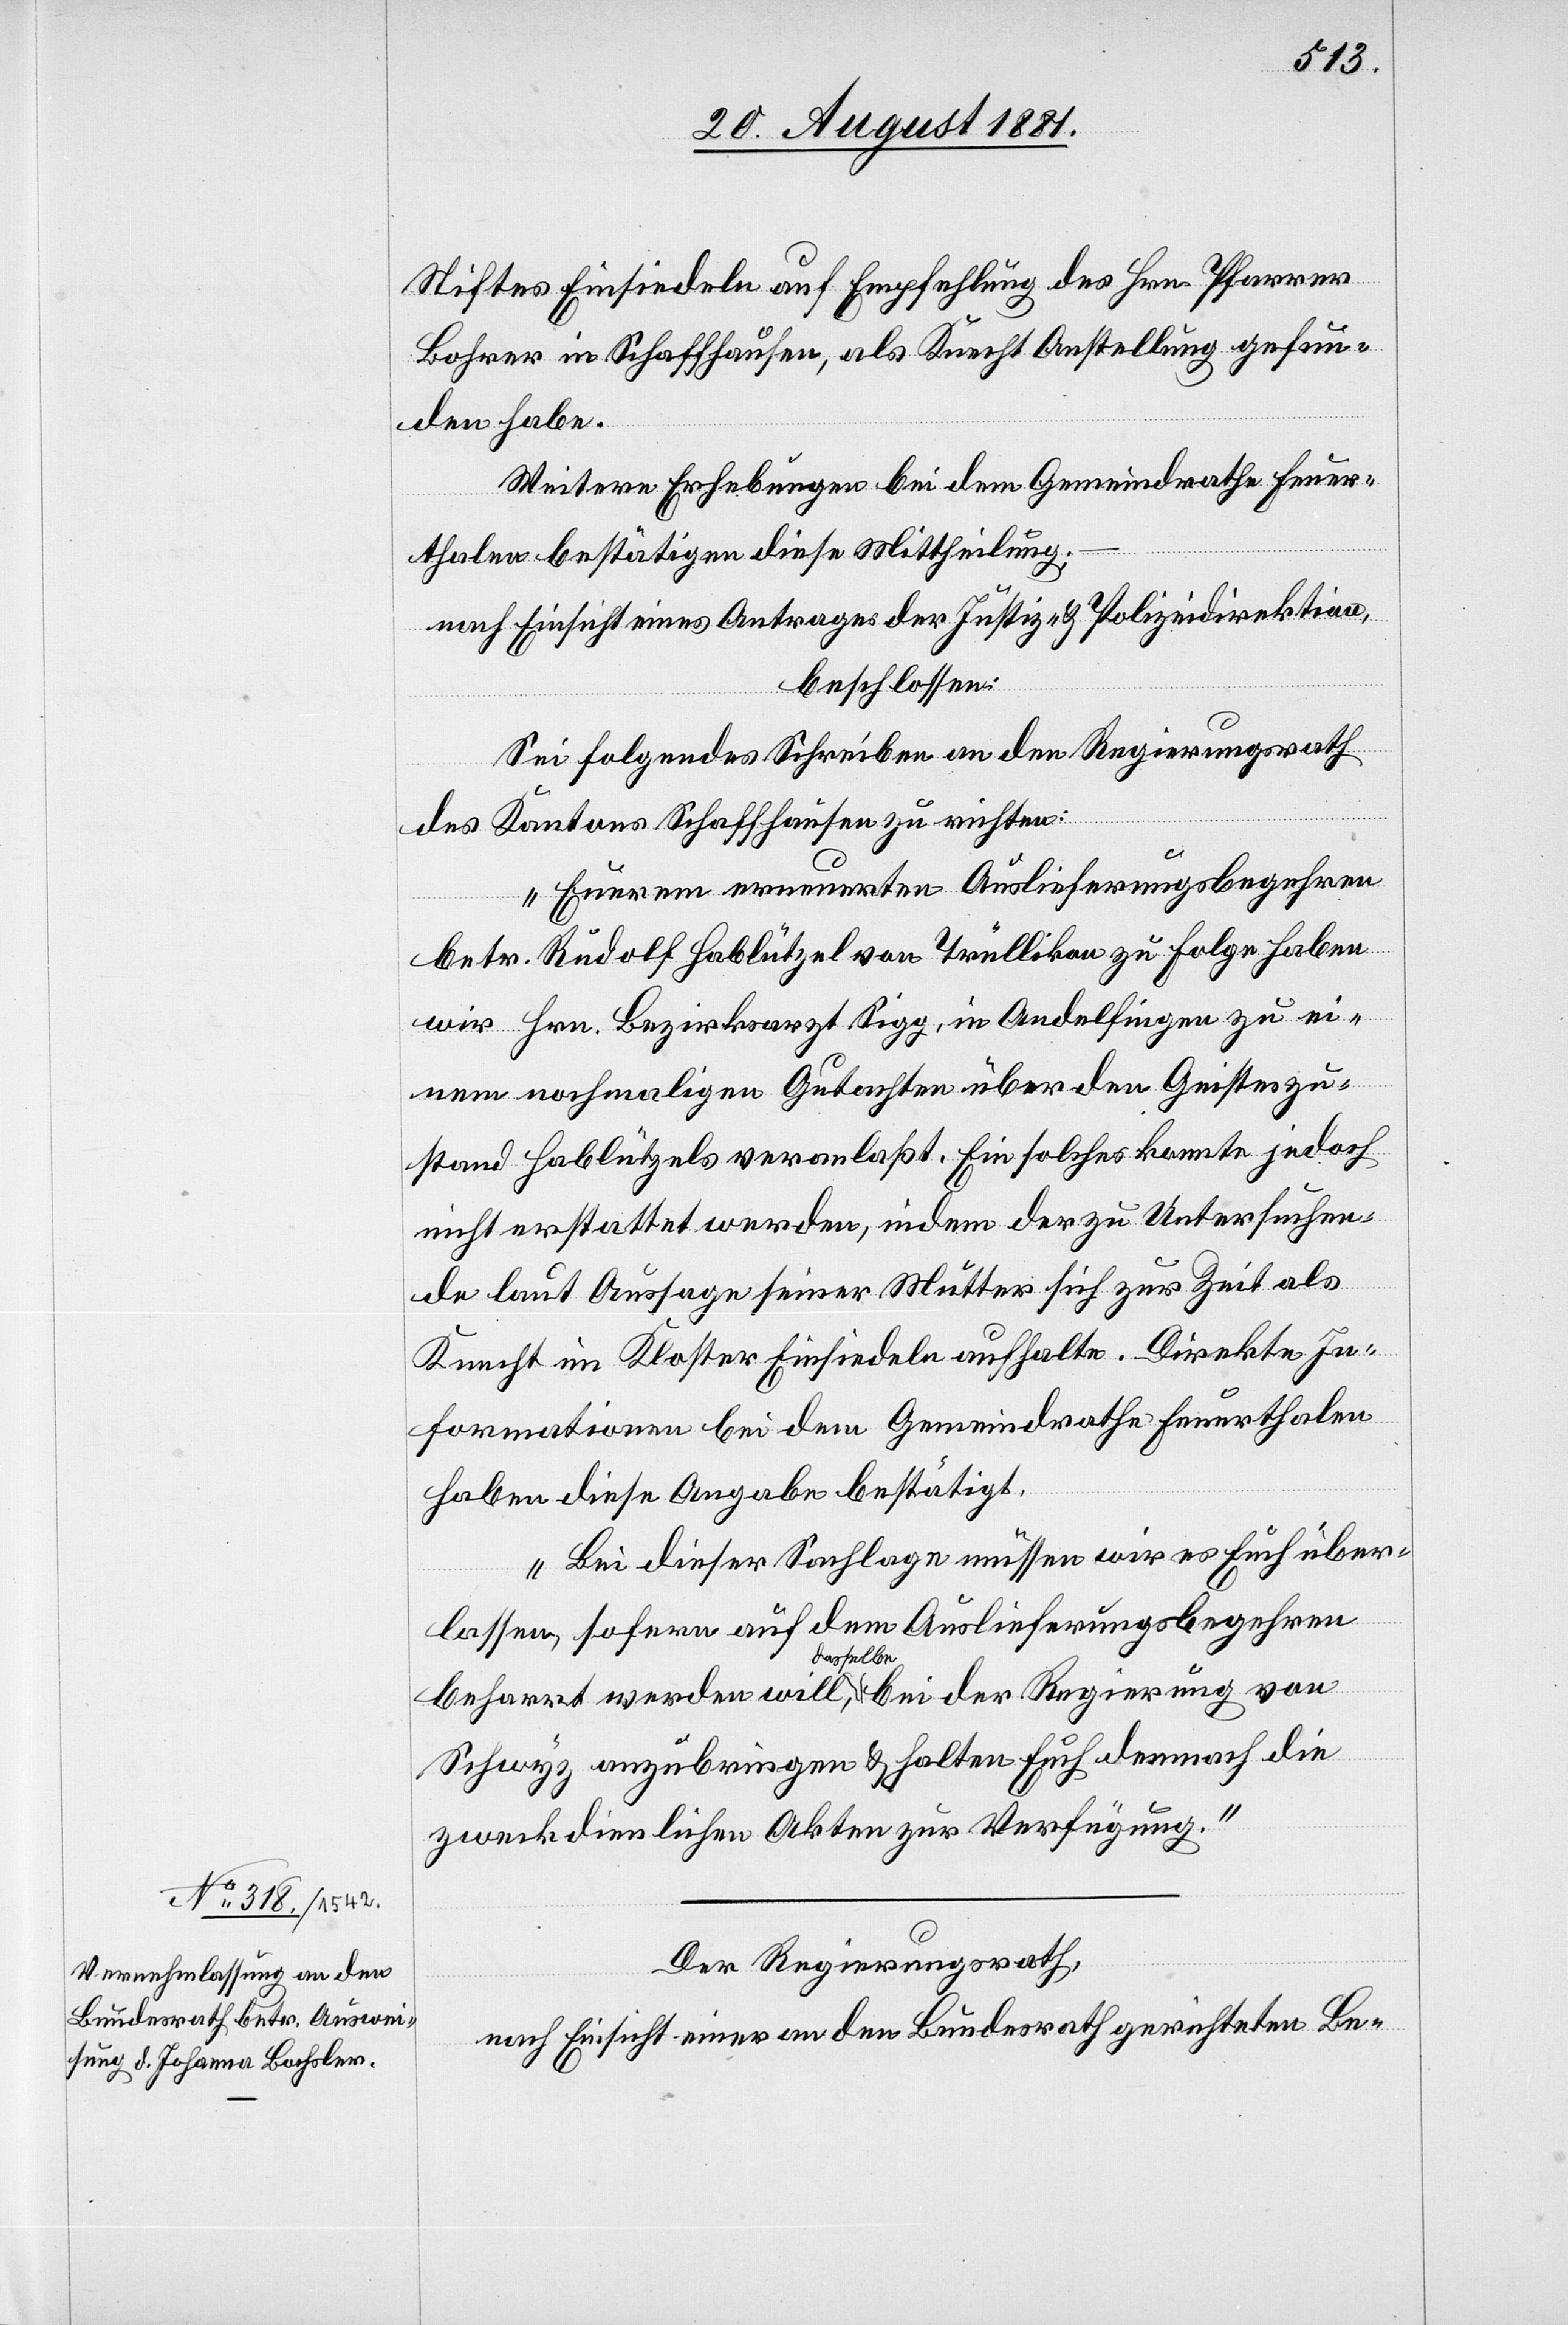
Stiftes Einsiedeln auf Empfehlung des Hrn. Pfarrer
Bohrer in Schaffhausen, als Knecht Anstellung gefun¬
den habe.
Weitere Erhebungen bei dem Gemeindrathe Feuer¬
thalen bestätigen diese Mittheilung;
nach Einsicht eines Antrages der Justiz- & Polizeidirektion,
beschlossen:
Sei folgendes Schreiben an den Regierungsrath
des Kantons Schaffhausen zu richten:
„Euerem erneuerten Auslieferungsbegehren
betr. Rudolf Hablützel von Trüllikon zu Folge haben
wir Hrn. Bezirksarzt Sigg, in Andelfingen zu ei¬
nem nochmaligen Gutachten über den Geisteszu¬
stand Hablützels veranlaßt. Ein solches konnte jedoch
nicht erstattet werden, indem der zu Untersuchen¬
de laut Aussage seiner Mutter sich zur Zeit als
Knecht im Kloster Einsiedeln aufhalte. Direkte In¬
formationen bei dem Gemeindrathe Feuerthalen
haben diese Angabe bestätigt.
Bei dieser Sachlage müssen wir es Euch über¬
em Auslieferungsbegehren
lassen, sofern auf d¬
beharrt werden will, dasselbe bei der Regierung von
Schwyz anzubringen & halten Euch demnach die
zweckdienlichen Akten zur Verfügung.“
Der Regierungsrath,
nach Einsicht einer an den Bundesrath gerichteten Be-